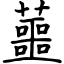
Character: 蘁